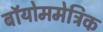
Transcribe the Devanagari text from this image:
बॉयोममेट्रिक